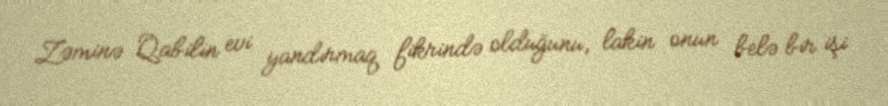
Zəminə Qabilin evi yandırmaq fikrində olduğunu, lakin onun belə bir işi